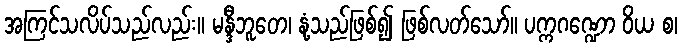
အကြင်သလိပ်သည်လည်း။ မန္ဒီဘူတေ၊ နုံ့သည်ဖြစ်၍ ဖြစ်လတ်သော်။ ပက္ကဂဏ္ဍော ဝိယ စ၊